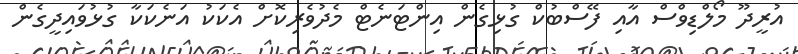
އުރީދޫ މޯލްޑިވްސް އާއި ފޭސްބުކް ގުޅިގެން އިންޓަނެޓް މެދުވެރިކޮށް އެކަކު އަނެކަކާ ގުޅުވައިދީގެން